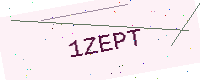
Text: 1ZEPT